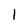
Character: 1